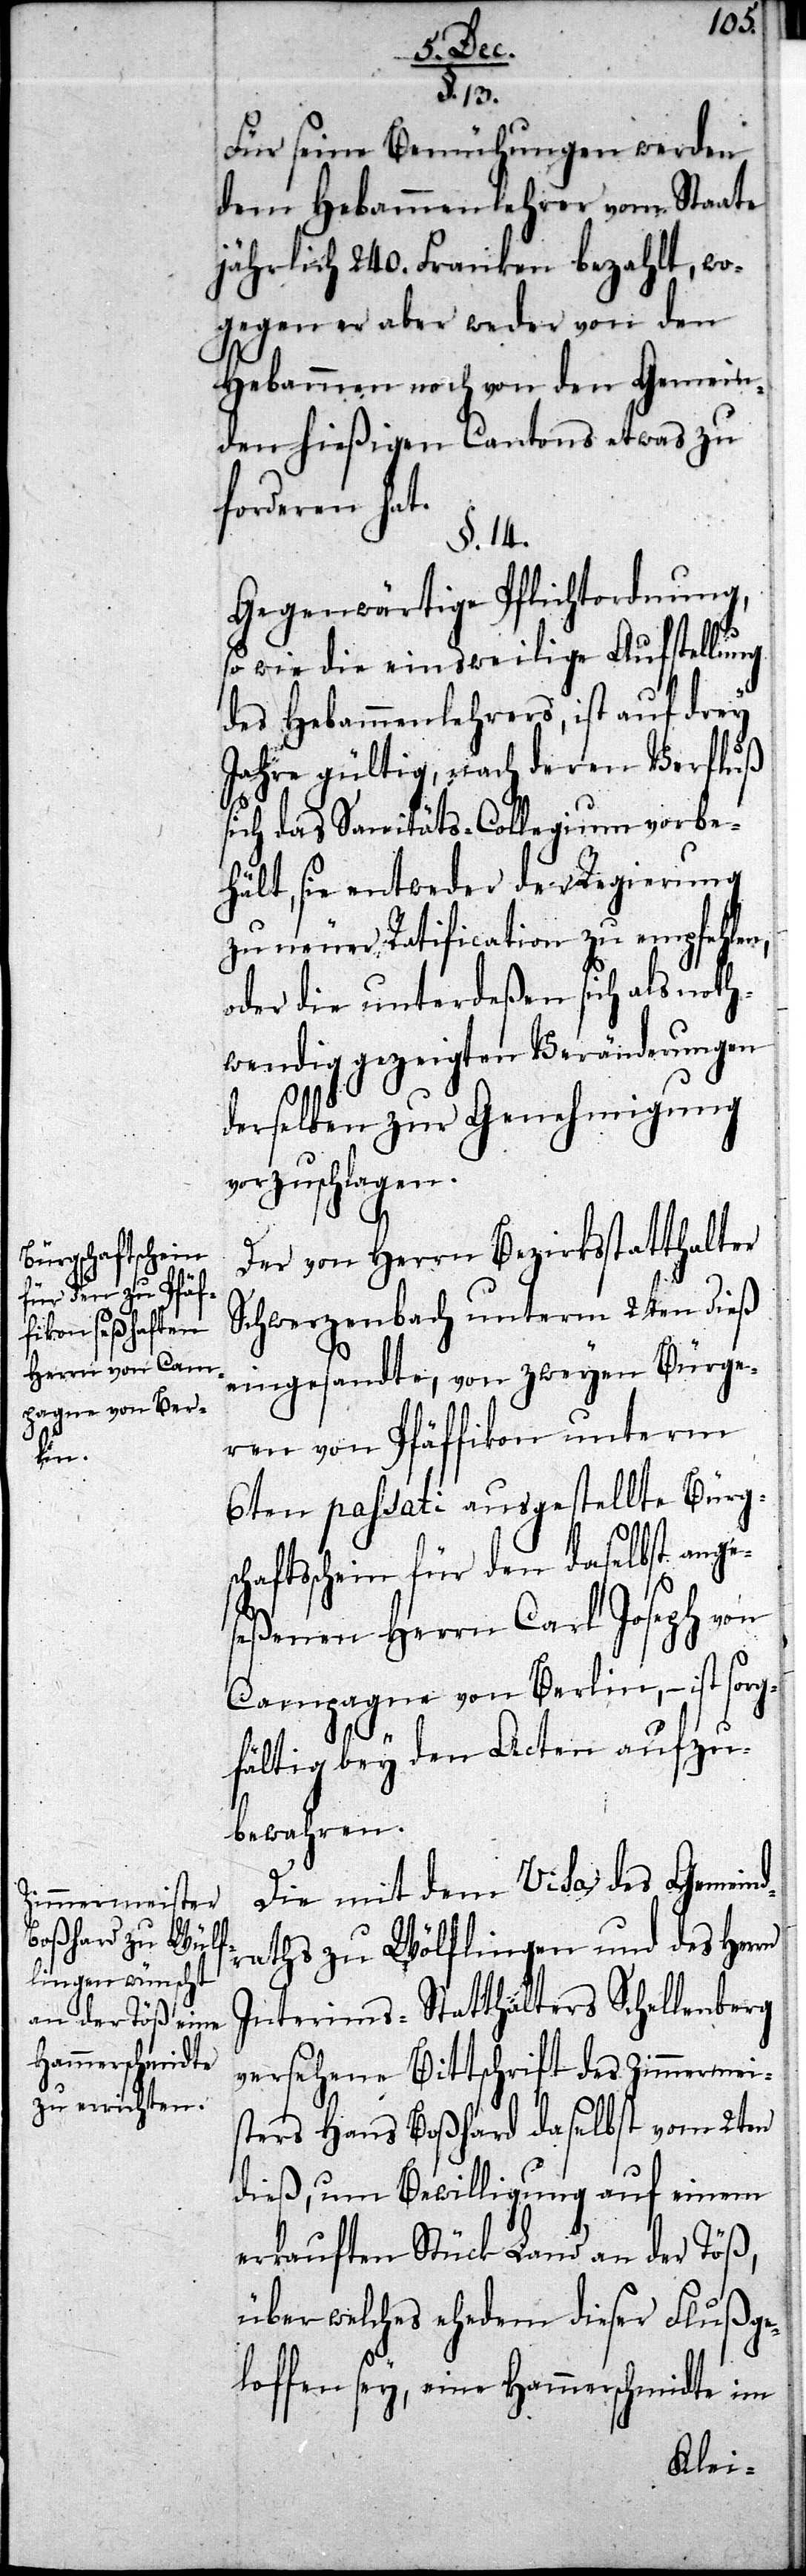
Für seine Bemühungen werden
dem Hebammenlehrer vom Staate
jährlich 240. Franken bezahlt, wo¬
gegen er aber weder von den
Hebammen noch von den Gemein¬
den hießigen Cantons etwas zu
forderen hat.
§. 14.
Gegenwärtige Pflichtordnung,
so wie die einsweilige Aufstellung
des Hebammenlehrers, ist auf drey
Jahre gültig, nach deren Verfluß
sich das Sanitäts-Collegium vorbe¬
hält, sie entweder der Regierung
zu neuer Ratification zu empfehlen,
oder die unterdeßen sich als noth¬
wendig gezeigten Veränderungen
derselben zur Genehmigung
vorzuschlagen.
Der von Herrn Bezirksstatthalter
Schwerzenbach unterm 2ten dieß
eingesandte, von zweyen Bürge¬
ren von Pfäffikon unterm
6ten passati ausgestellte Bürgsc¬
haftsschein für den daselbst ange¬
seßenen Herrn Carl Joseph von
Campagne von Berlin, – ist sorg¬
13.
fältig bei den Acten aufzu¬
bewahren.
Die mit dem Visa des Gemeind¬
raths zu Wülflingen und des Herrn
Interims-Statthalters Schellenberg
versehene Bittschrift des Zimmermei¬
sters Hans Boßhard daselbst vom 2ten
dieß, um Bewilligung auf einem
erkauften Stück Land an der Töß,
über welches ehedem dieser Fluß ge¬
loffen sey, eine Hammerschmidte im